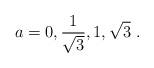
LaTeX: \begin{align*}a= 0,{1\over\sqrt{3}},1,\sqrt{3}\ .\end{align*}